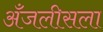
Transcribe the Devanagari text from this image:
अँजलीसला